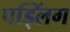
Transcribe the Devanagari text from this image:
पड्लिंग